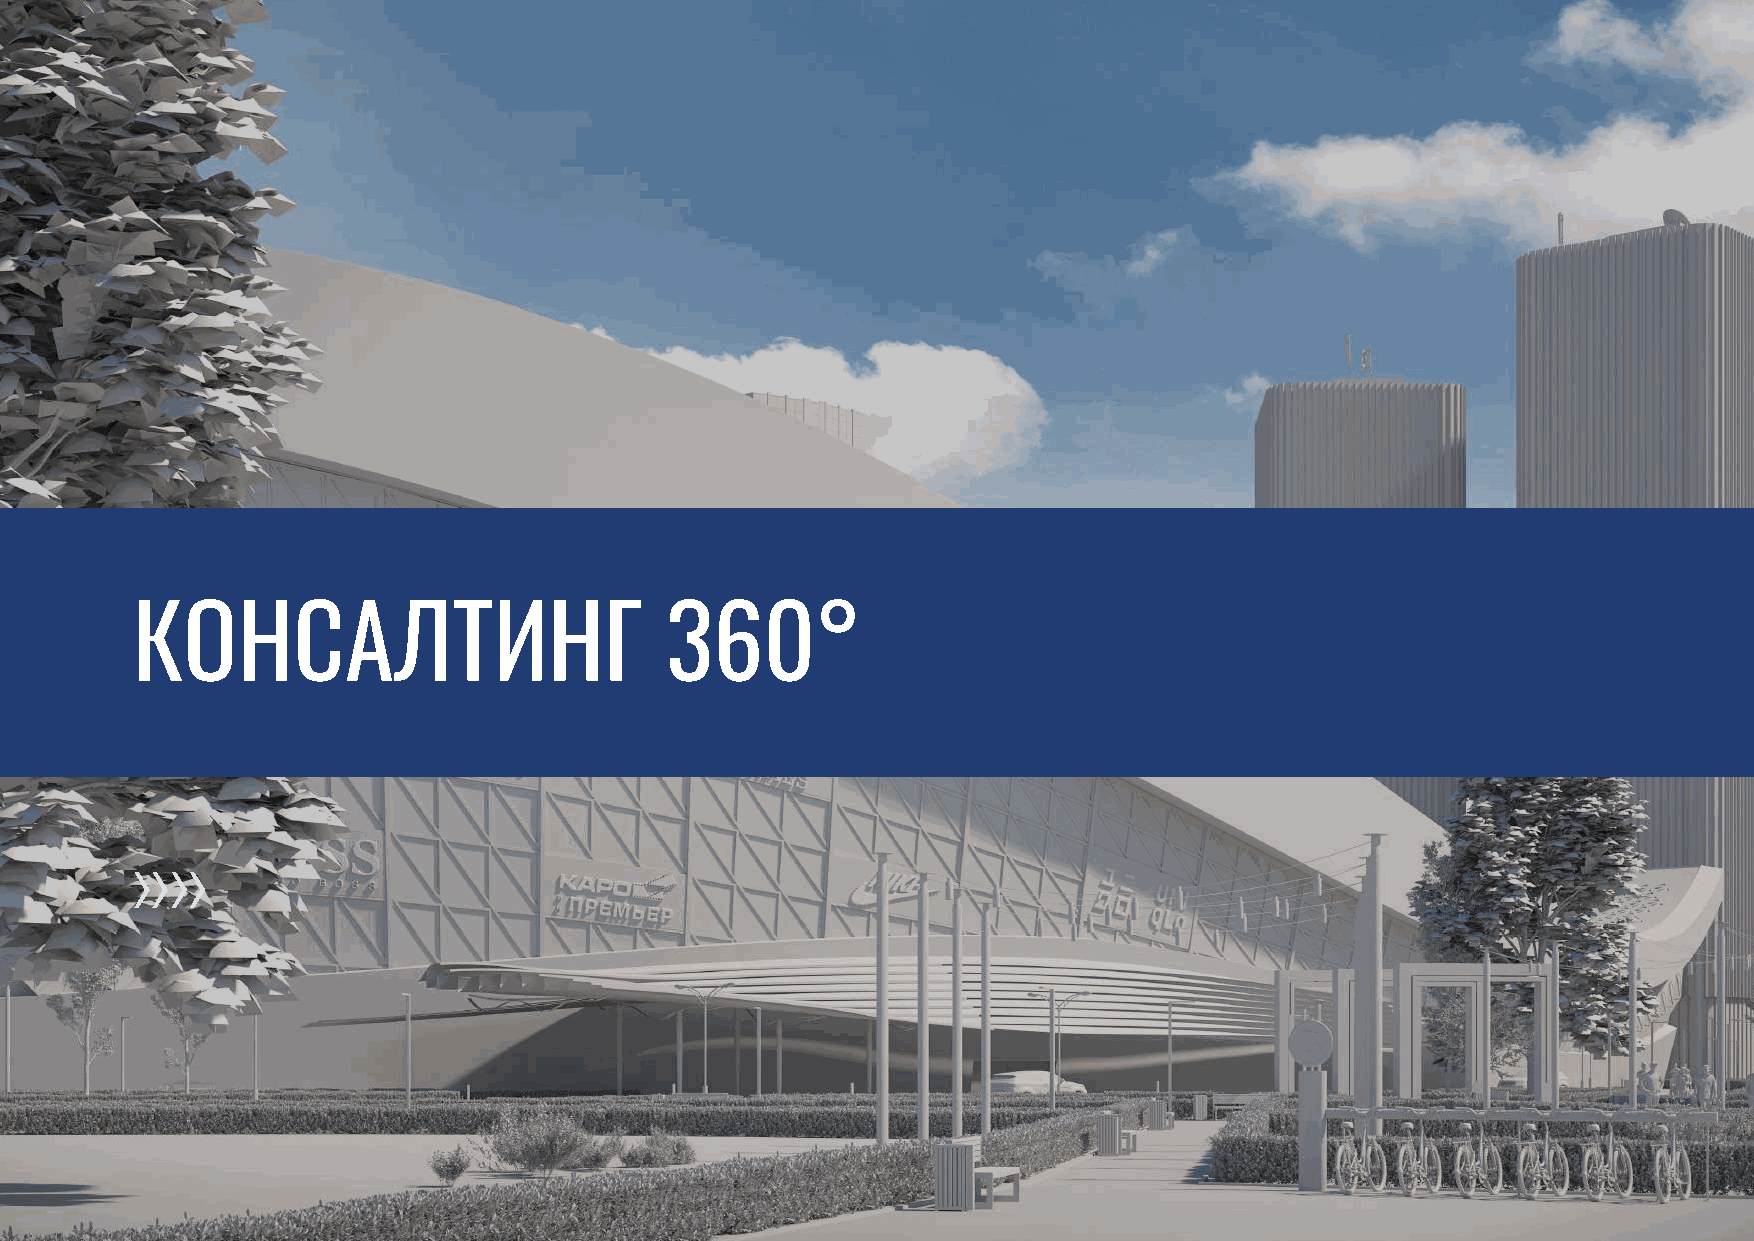
КОНСАЛТИНГ                         360°
 Атлант Оценка I 125